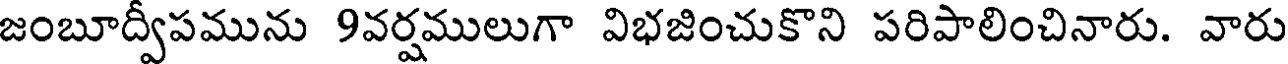
జంబూద్వీపమును 9వర్షములుగా విభజించుకొని పరిపాలించినారు. వారు